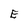
Character: E